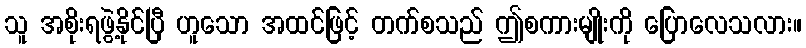
သူ အစိုးရဖွဲ့နိုင်ပြီ ဟူသော အထင်ဖြင့် တက်စသည် ဤစကားမျိုးကို ပြောလေသလား။